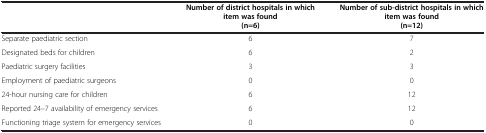
|  | Number of district hospitals in which item was found (n=6) | Number of sub-district hospitals in which item was found(n=12) |
 | --- | --- | --- |
 | Separate paediatric section | 6 | 7 |
 | Designated beds for children | 6 | 2 |
 | Paediatric surgery facilities | 3 | 3 |
 | Employment of paediatric surgeons | 0 | 0 |
 | 24-hour nursing care for children | 6 | 12 |
 | Reported 24–7 availability of emergency services | 6 | 12 |
 | Functioning triage system for emergency services | 0 | 0 |